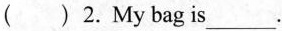
( )2.My bag is___.